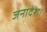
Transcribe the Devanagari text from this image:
जनादेश।